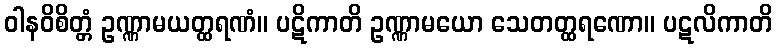
ဝါနဝိစိတ္တံ ဥဏ္ဏာမယတ္ထရဏံ။ ပဋိကာတိ ဥဏ္ဏာမယော သေတတ္ထရဏော။ ပဋလိကာတိ